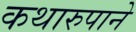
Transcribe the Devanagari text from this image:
कथारुपाने